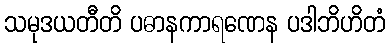
သမုဒယတီတိ ပဓာနကာရဏေန ပဒါဘိဟိတံ